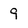
Character: 9